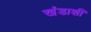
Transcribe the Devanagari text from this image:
खंडाशी